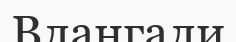
Влангали